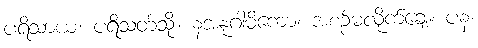
ပရိသာယ၊ ပရိသတ်သို့။ နအနုဂါမိကော၊ အစဉ်မလိုက်ချေ။ ပန၊